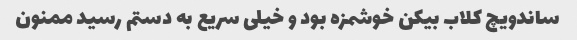
ساندویچ کلاب بیکن خوشمزه بود و خیلی سریع به دستم رسید ممنون